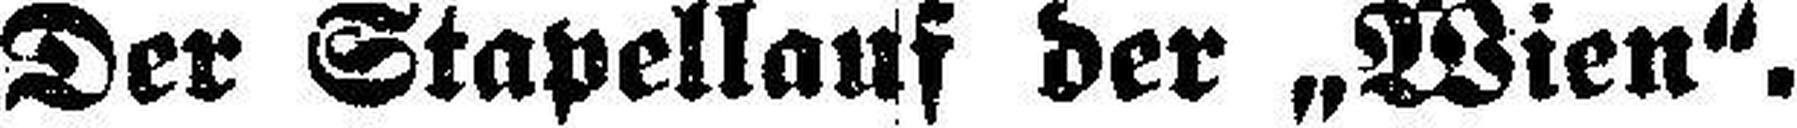
Der Stapellauf der „Wien“.